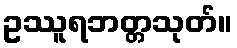
ဥဿူရဘတ္တသုတ်။